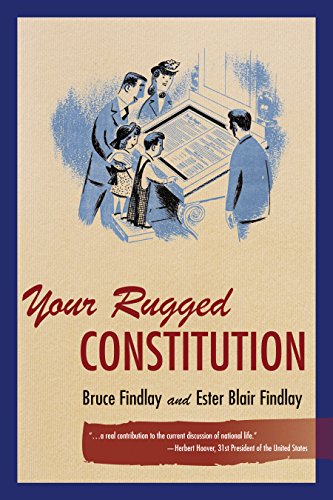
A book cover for Your Rugged Constitution; Bruce Findlay; Law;